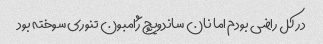
در کل راضی بودم اما نان ساندویچ ژامبون تنوری سوخته بود